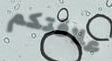
علاقتكم